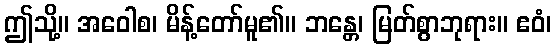
ဤသို့။ အဝေါစ၊ မိန့်တော်မူ၏။ ဘန္တေ၊ မြတ်စွာဘုရား။ ဧဝံ၊